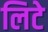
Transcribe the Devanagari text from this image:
लिटे